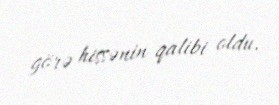
görə hissənin qalibi oldu.